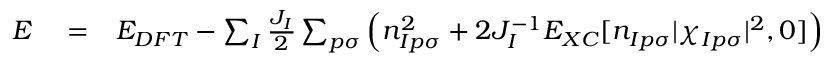
\begin{array} { r l r } { E } & { { } = } & { E _ { D F T } - \sum _ { I } \frac { J _ { I } } { 2 } \sum _ { p \sigma } \left( n _ { I p \sigma } ^ { 2 } + 2 J _ { I } ^ { - 1 } E _ { X C } [ n _ { I p \sigma } | \chi _ { I p \sigma } | ^ { 2 } , 0 ] \right) } \end{array}